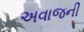
અવાજની